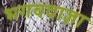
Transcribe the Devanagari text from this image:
भगवदाज्ञा